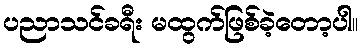
ပညာသင်ခရီး မထွက်ဖြစ်ခဲ့တော့ပါ။